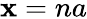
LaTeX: \mathbf{x}=na